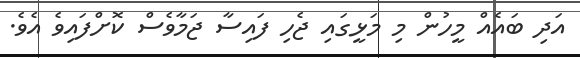
އަދި ބައެއް މީހުން މި މަޅީގައި ޖެހި ފައިސާ ޖަމާވެސް ކޮށްފައިވެ އެވެ.